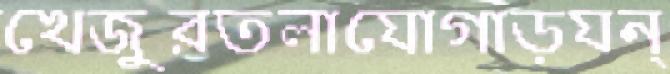
খেজুরতলাযোগাড়যন্